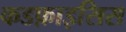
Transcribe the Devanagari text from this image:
कडफ़ाइसिस